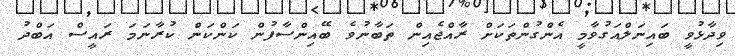
ވިދާޅުވީ ބައިނަލްއަގުވާމީ އެންގުންތަކަށް ރާއްޖެއިން ތަބާނުވެ ބޭއިންސާފުން ކަންކަން ކުރާނަމަ ރައީސް އަބްދު